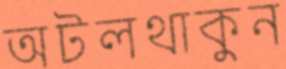
অটলথাকুন